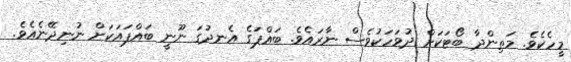
މީހެކެވެ. މަތިންދާ ބޯޓަކަށް ދުވަހަކުވެސް ނާރައެވެ. ބައްޕަގެ އެނދުގަ ނޫނީ ބައްޕައަކަށް ނުނިދޭނެއެވެ.